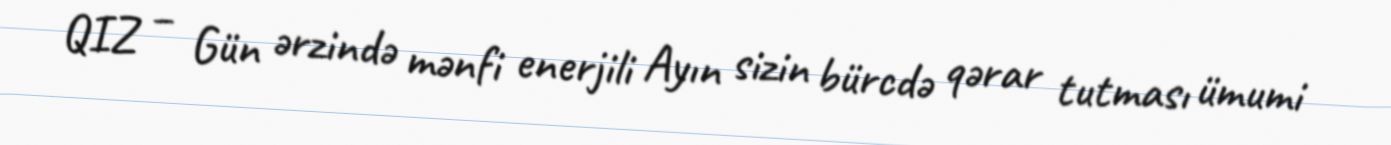
QIZ – Gün ərzində mənfi enerjili Ayın sizin bürcdə qərar tutması ümumi